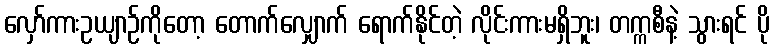
လှော်ကားဥယျာဉ်ကိုတော့ တောက်လျှောက် ရောက်နိုင်တဲ့ လိုင်းကားမရှိဘူး၊ တက္ကစီနဲ့ သွားရင် ပို